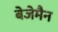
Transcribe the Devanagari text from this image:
बेजेमैन